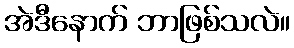
အဲဒီနောက် ဘာဖြစ်သလဲ။